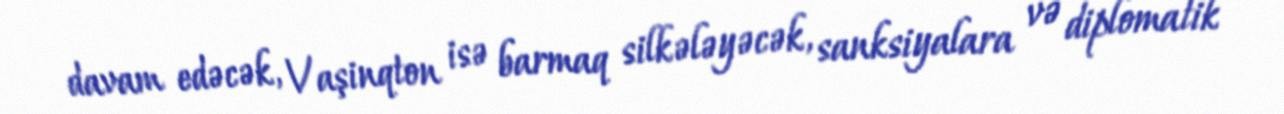
davam edəcək, Vaşinqton isə barmaq silkələyəcək, sanksiyalara və diplomatik